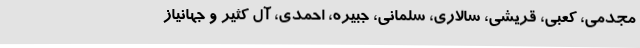
مجدمی، کعبی، قریشی، سالاری، سلمانی، جبیره، احمدی، آل کثیر و جهانیاز